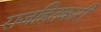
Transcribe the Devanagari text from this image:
राजहितकारी